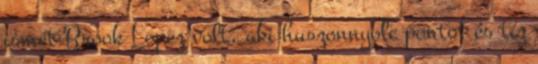
ismét Brook Lopez volt, aki huszonnyolc pontot és tíz